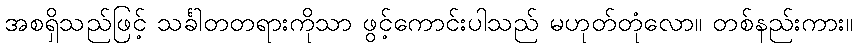
အစရှိသည်ဖြင့် သင်္ခါတတရားကိုသာ ဖွင့်ကောင်းပါသည် မဟုတ်တုံလော။ တစ်နည်းကား။